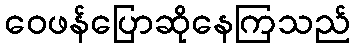
ဝေဖန်ပြောဆိုနေကြသည်